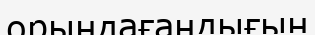
орындағандығын